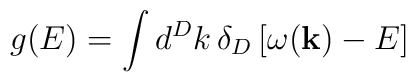
g(E) = \int d^D k \, \delta_D \left[ \omega({\bf k}) - E \right]